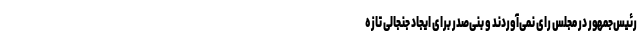
رئیس‌جمهور در مجلس رای نمی‌آوردند و بنی‌صدر برای ایجاد جنجالی تازه